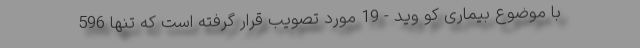
با موضوع بیماری کو وید - 19 مورد تصویب قرار گرفته است که تنها 596